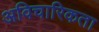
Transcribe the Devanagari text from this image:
अविचारिकता